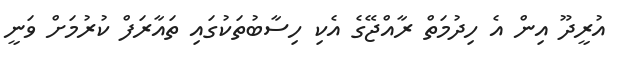
އުރީދޫ އިން އެ ހިދުމަތް ރާއްޖޭގެ އެކި ހިސާބުތަކުގައި ތައާރަފް ކުރުމަށް ވަނީ